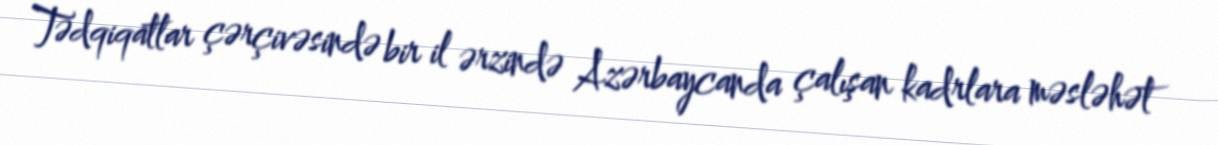
Tədqiqatlar çərçivəsində bir il ərzində Azərbaycanda çalışan kadrlara məsləhət